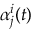
\alpha _ { j } ^ { i } ( t )